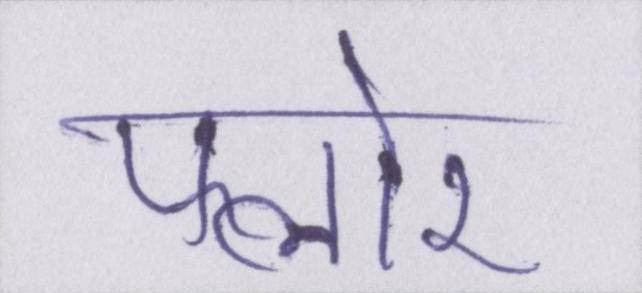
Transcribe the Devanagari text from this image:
फ्लोर